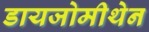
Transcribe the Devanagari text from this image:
डायजोमीथेन